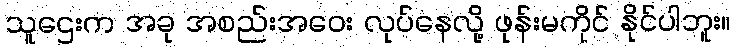
သူဌေးက အခု အစည်းအဝေး လုပ်နေလို့ ဖုန်းမကိုင် နိုင်ပါဘူး။